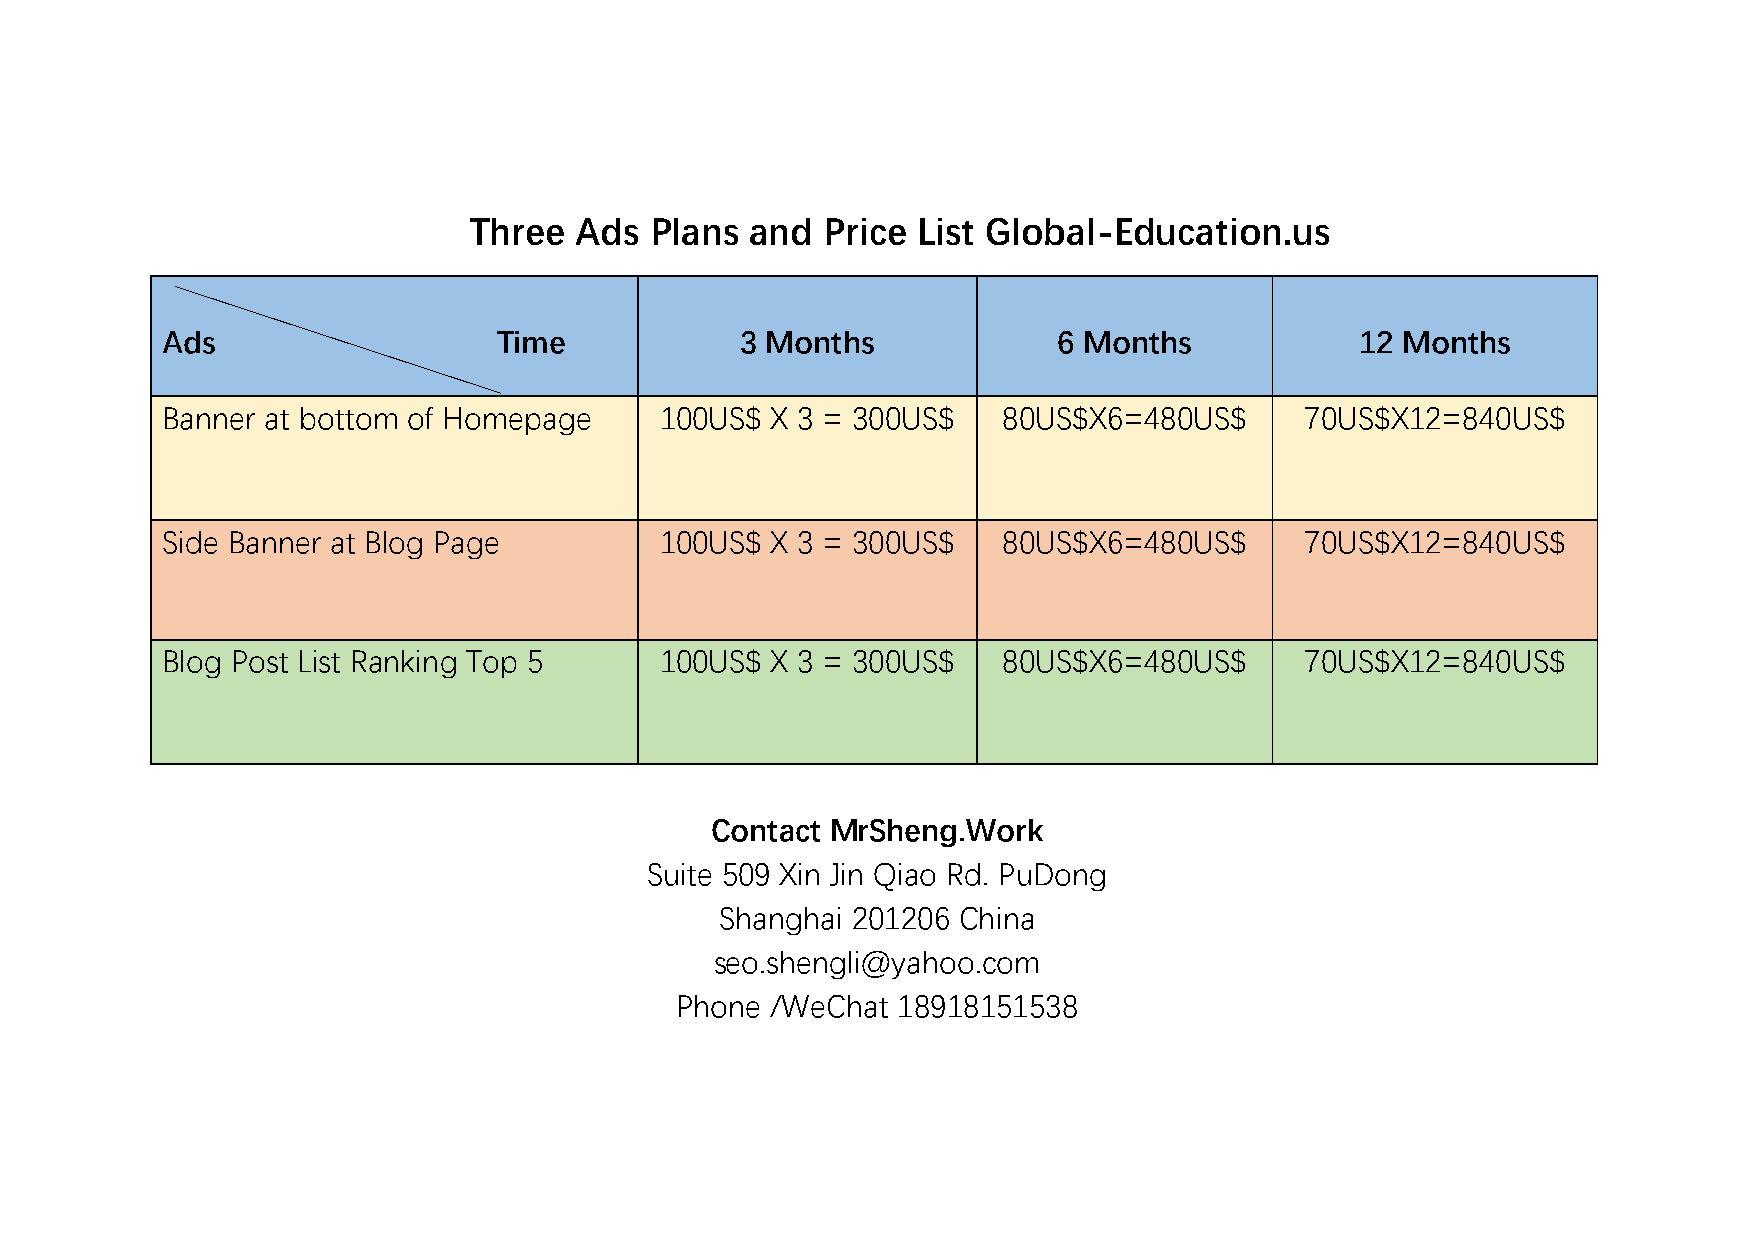
Three  Ads  Plans  and  Price List Global-Education.us
 Ads                   Time            3 Months             6 Months            12 Months
 Banner at bottom of Homepage     100US$ X 3 = 300US$   80US$X6=480US$      70US$X12=840US$
 Side Banner at Blog Page         100US$ X 3 = 300US$   80US$X6=480US$      70US$X12=840US$
 Blog Post List Ranking Top 5     100US$ X 3 = 300US$   80US$X6=480US$      70US$X12=840US$
 Contact MrSheng.Work
 Suite 509 Xin Jin Qiao Rd. PuDong
 Shanghai 201206 China
 seo.shengli@yahoo.com
 Phone /WeChat 18918151538